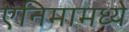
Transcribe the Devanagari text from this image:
एनिमामध्ये